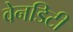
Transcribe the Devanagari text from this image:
वेनडिटी